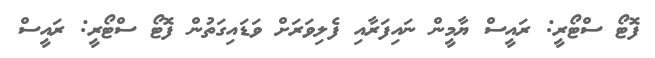
ފޮޓޯ ސްޓޯރީ: ރައީސް ޔާމީން ނައިފަރާއި ފެލިވަރަށް ވަޑައިގަތުން ފޮޓޯ ސްޓޯރީ: ރައީސް